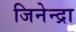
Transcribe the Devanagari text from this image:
जिनेन्द्रा